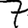
Digit: 7